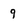
Character: 9